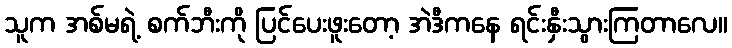
သူက အစ်မရဲ့ စက်ဘီးကို ပြင်ပေးဖူးတော့ အဲဒီကနေ ရင်းနှီးသွားကြတာလေ။